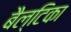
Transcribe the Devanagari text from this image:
बैल्टिका